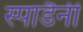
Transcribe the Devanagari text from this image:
स्पाडैनी